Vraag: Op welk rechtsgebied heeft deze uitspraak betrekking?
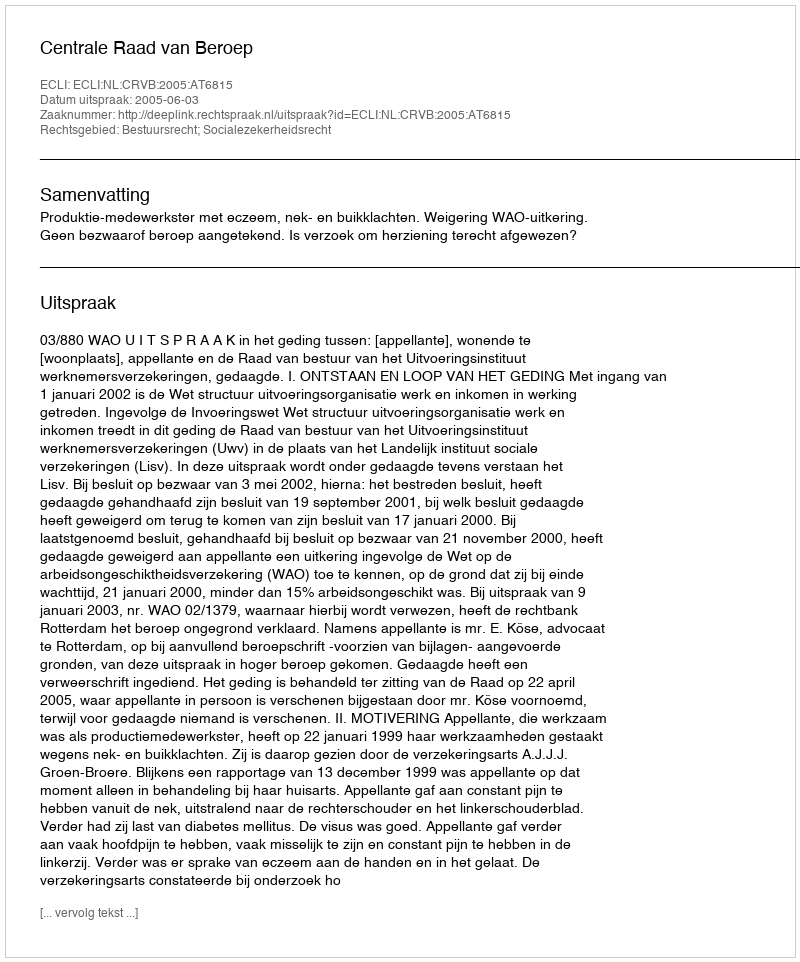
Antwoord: Bestuursrecht; Socialezekerheidsrecht